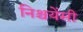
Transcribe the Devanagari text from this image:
निश्चयेंसी